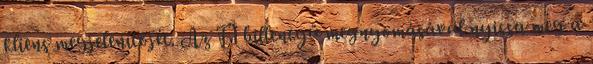
kliens megjelenítőjét. Az F1 billentyű megnyomásával nyissa meg a